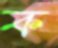
ক